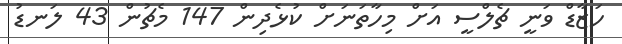
ހަޒާޑް ވަނީ ޗެލްސީ އަށް މިހާތަނަށް ކުޅެދިން 147 މެޗުން 43 ލަނޑު